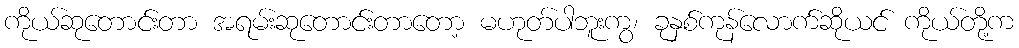
ကိုယ်ဆုတောင်းတာ အရမ်းဆုတောင်းတာတော့ မဟုတ်ပါဘူးကွ၊ ခုနှစ်ကုန်လောက်ဆိုယင် ကိုယ်တို့က